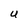
Character: U